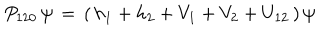
P _ { 1 2 0 } \, \psi \, = \, ( \, h _ { 1 } + h _ { 2 } + V _ { 1 } + V _ { 2 } + U _ { 1 2 } \, ) \, \psi